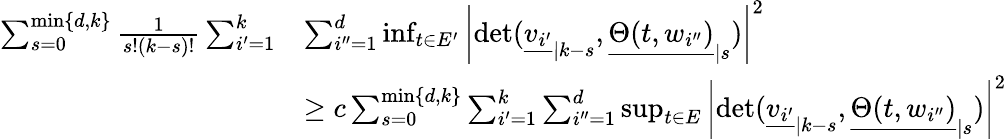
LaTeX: \begin{array}{rl}{\sum_{s=0}^{\operatorname*{min}\{ d,k\} }\frac{1}{s!(k-s)!}\sum_{i^{\prime}=1}^{k}}&{\sum_{i^{\prime\prime}=1}^{d}\operatorname*{inf}_{t\in E^{\prime}}\left|\operatorname*{det}({\underline{{v_{i^{\prime}}}}}_{|k-s},{\underline{{\Theta(t,w_{i^{\prime\prime}})}}}_{|s})\right|^{2}}\\ &{\geq c\sum_{s=0}^{\operatorname*{min}\{ d,k\} }\sum_{i^{\prime}=1}^{k}\sum_{i^{\prime\prime}=1}^{d}\operatorname*{sup}_{t\in E}\left|\operatorname*{det}({\underline{{v_{i^{\prime}}}}}_{|k-s},{\underline{{\Theta(t,w_{i^{\prime\prime}})}}}_{|s})\right|^{2}}\end{array}